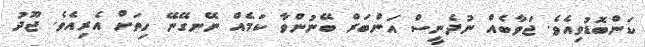
ކަންބޮޑުވިއެވެ. ޖަވާބެއް ނުދެނީސް އަންބަރް ބޭނުންވާ ކަމެއް ނޭނގޭނޭ ހިތަށް އެރިއެވެ. ޖޫދު